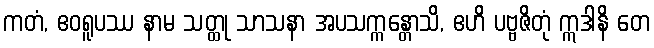
ကတံ, ဧဝရူပဿ နာမ သတ္ထု သာသနာ အပသက္ကန္တောသိ, ဧဟိ ပဗ္ဗဇိတုံ ဣဒါနိ တေ